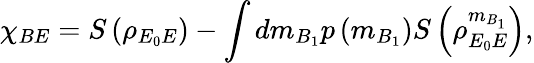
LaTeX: {{\chi}_{BE}}=S\left({{\rho}_{{E_{0}}E}}\right)-\int{d{{m}_{B_{1}}}p\left({{m}_{B_{1}}}\right)}S\left(\rho_{{E_{0}}E}^{{m}_{B_{1}}}\right),